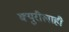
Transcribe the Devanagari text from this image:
क्युरीलाही